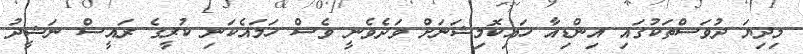
މިދިޔަ ދުވަސްތަކުގައި އިންޑިއާ ހައިކޮމިޝަނަށް ވަދެވެނީ ވެސް ހަމައެކަނި ކުރީގެ ރައީސް ނަޝީދު